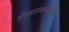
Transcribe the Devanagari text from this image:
वास्तव्यकरिता